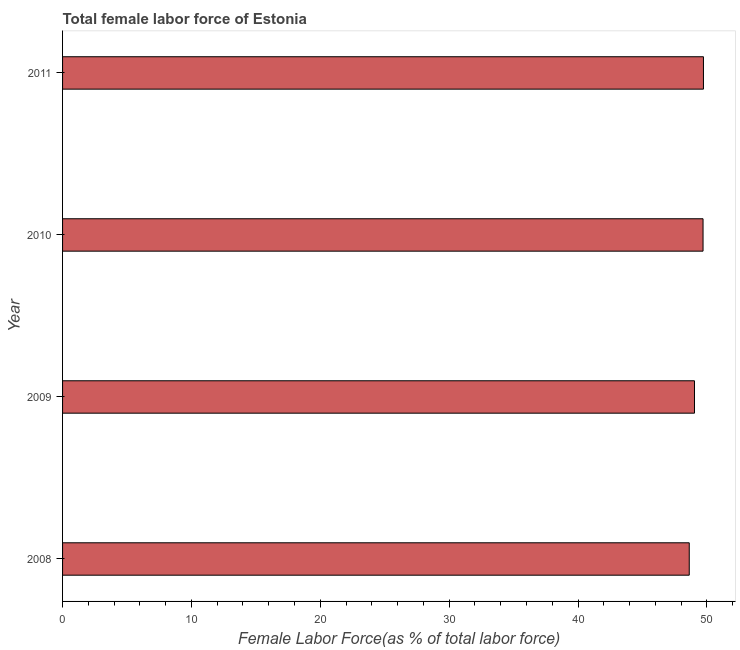
| Year | Female Labor force |
 | --- | --- |
 | 2008 | 48.6 |
 | 2009 | 49 |
 | 2010 | 49.7 |
 | 2011 | 49.7 |